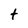
Character: t